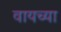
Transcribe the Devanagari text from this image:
वायच्या